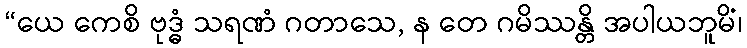
“ယေ ကေစိ ဗုဒ္ဓံ သရဏံ ဂတာသေ, န တေ ဂမိဿန္တိ အပါယဘူမိံ၊